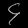
Digit: ၄